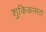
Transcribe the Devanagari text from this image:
शुकिकामता